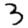
Digit: 3